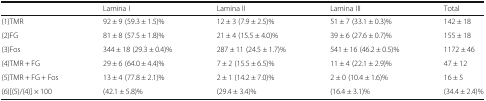
|  | Lamina I | Lamina II | Lamina III | Total |
 | --- | --- | --- | --- | --- |
 | (1)TMR | 92 ± 9 (59.3 ± 1.5)% | 12 ± 3 (7.9 ± 2.5)% | 51 ± 7 (33.1 ± 0.3)% | 142 ± 18 |
 | (2)FG | 81 ± 8 (57.5 ± 1.8)% | 21 ± 4 (15.5 ± 4.0)% | 39 ± 6 (27.6 ± 0.7)% | 155 ± 18 |
 | (3)Fos | 344 ± 18 (29.3 ± 0.4)% | 287 ± 11 (24.5 ± 1.7)% | 541 ± 16 (46.2 ± 0.5)% | 1172 ± 46 |
 | (4)TMR + FG | 29 ± 6 (64.0 ± 4.4)% | 7 ± 2 (15.5 ± 6.5)% | 11 ± 4 (22.1 ± 2.9)% | 47 ± 12 |
 | (5)TMR + FG + Fos | 13 ± 4 (77.8 ± 2.1)% | 2 ± 1 (14.2 ± 7.0)% | 2 ± 0 (10.4 ± 1.6)% | 16 ± 5 |
 | (6)[(5)/(4)] × 100 | (42.1 ± 5.8)% | (29.4 ± 3.4)% | (16.4 ± 3.1)% | (34.4 ± 2.4)% |